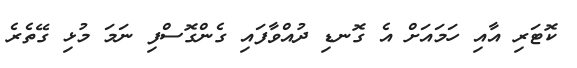
ކޮޓަރި އާއި ހަމައަށް އެ ގޮނޑި ދުއްވާފައި ގެންގޮސްފި ނަމަ މުޅި ގޭތެރެ